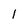
Character: l